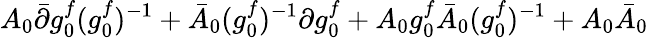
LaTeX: A_{0}\bar{\partial}g_{0}^{f}({g_{0}^{f}})^{-1}+\bar{A}_{0}({g_{0}^{f}})^{-1}\partial g_{0}^{f}+A_{0}g_{0}^{f}\bar{A}_{0}({g_{0}^{f}})^{-1}+A_{0}\bar{A}_{0}